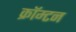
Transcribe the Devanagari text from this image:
क्रॉम्टन